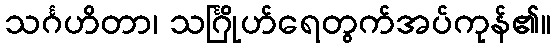
သင်္ဂဟိတာ၊ သင်္ဂြိုဟ်ရေတွက်အပ်ကုန်၏။